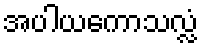
အပါယကောသလ္လံ